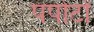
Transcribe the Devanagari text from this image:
पपोटों